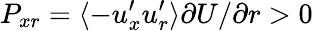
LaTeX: P_{xr}=\langle-u_{x}^{\prime}u_{r}^{\prime}\rangle\partial U/\partial r>0